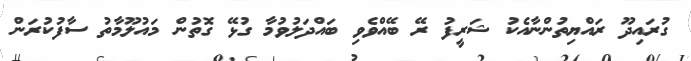
ގުރައިދޫ ރައްޔިތުންނާއެކު ޝަރީފު ރޭ ބޭއްވެވި ބައްދަލުވުމާ ގުޅޭ ގޮތުން މައުލޫމާތު ސާފުކުރަން